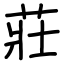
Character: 莊